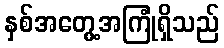
နှစ်အတွေ့အကြုံရှိသည်